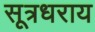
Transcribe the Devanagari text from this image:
सूत्रधराय